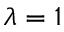
\lambda = 1